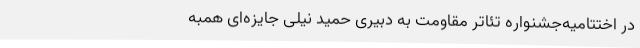
در اختتامیه‌جشنواره تئاتر مقاومت به دبیری حمید نیلی جایزه‌ای همبه